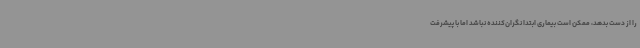
را از دست بدهد، ممکن است بیماری ابتدا نگران‌کننده نباشد اما با پیشرفت